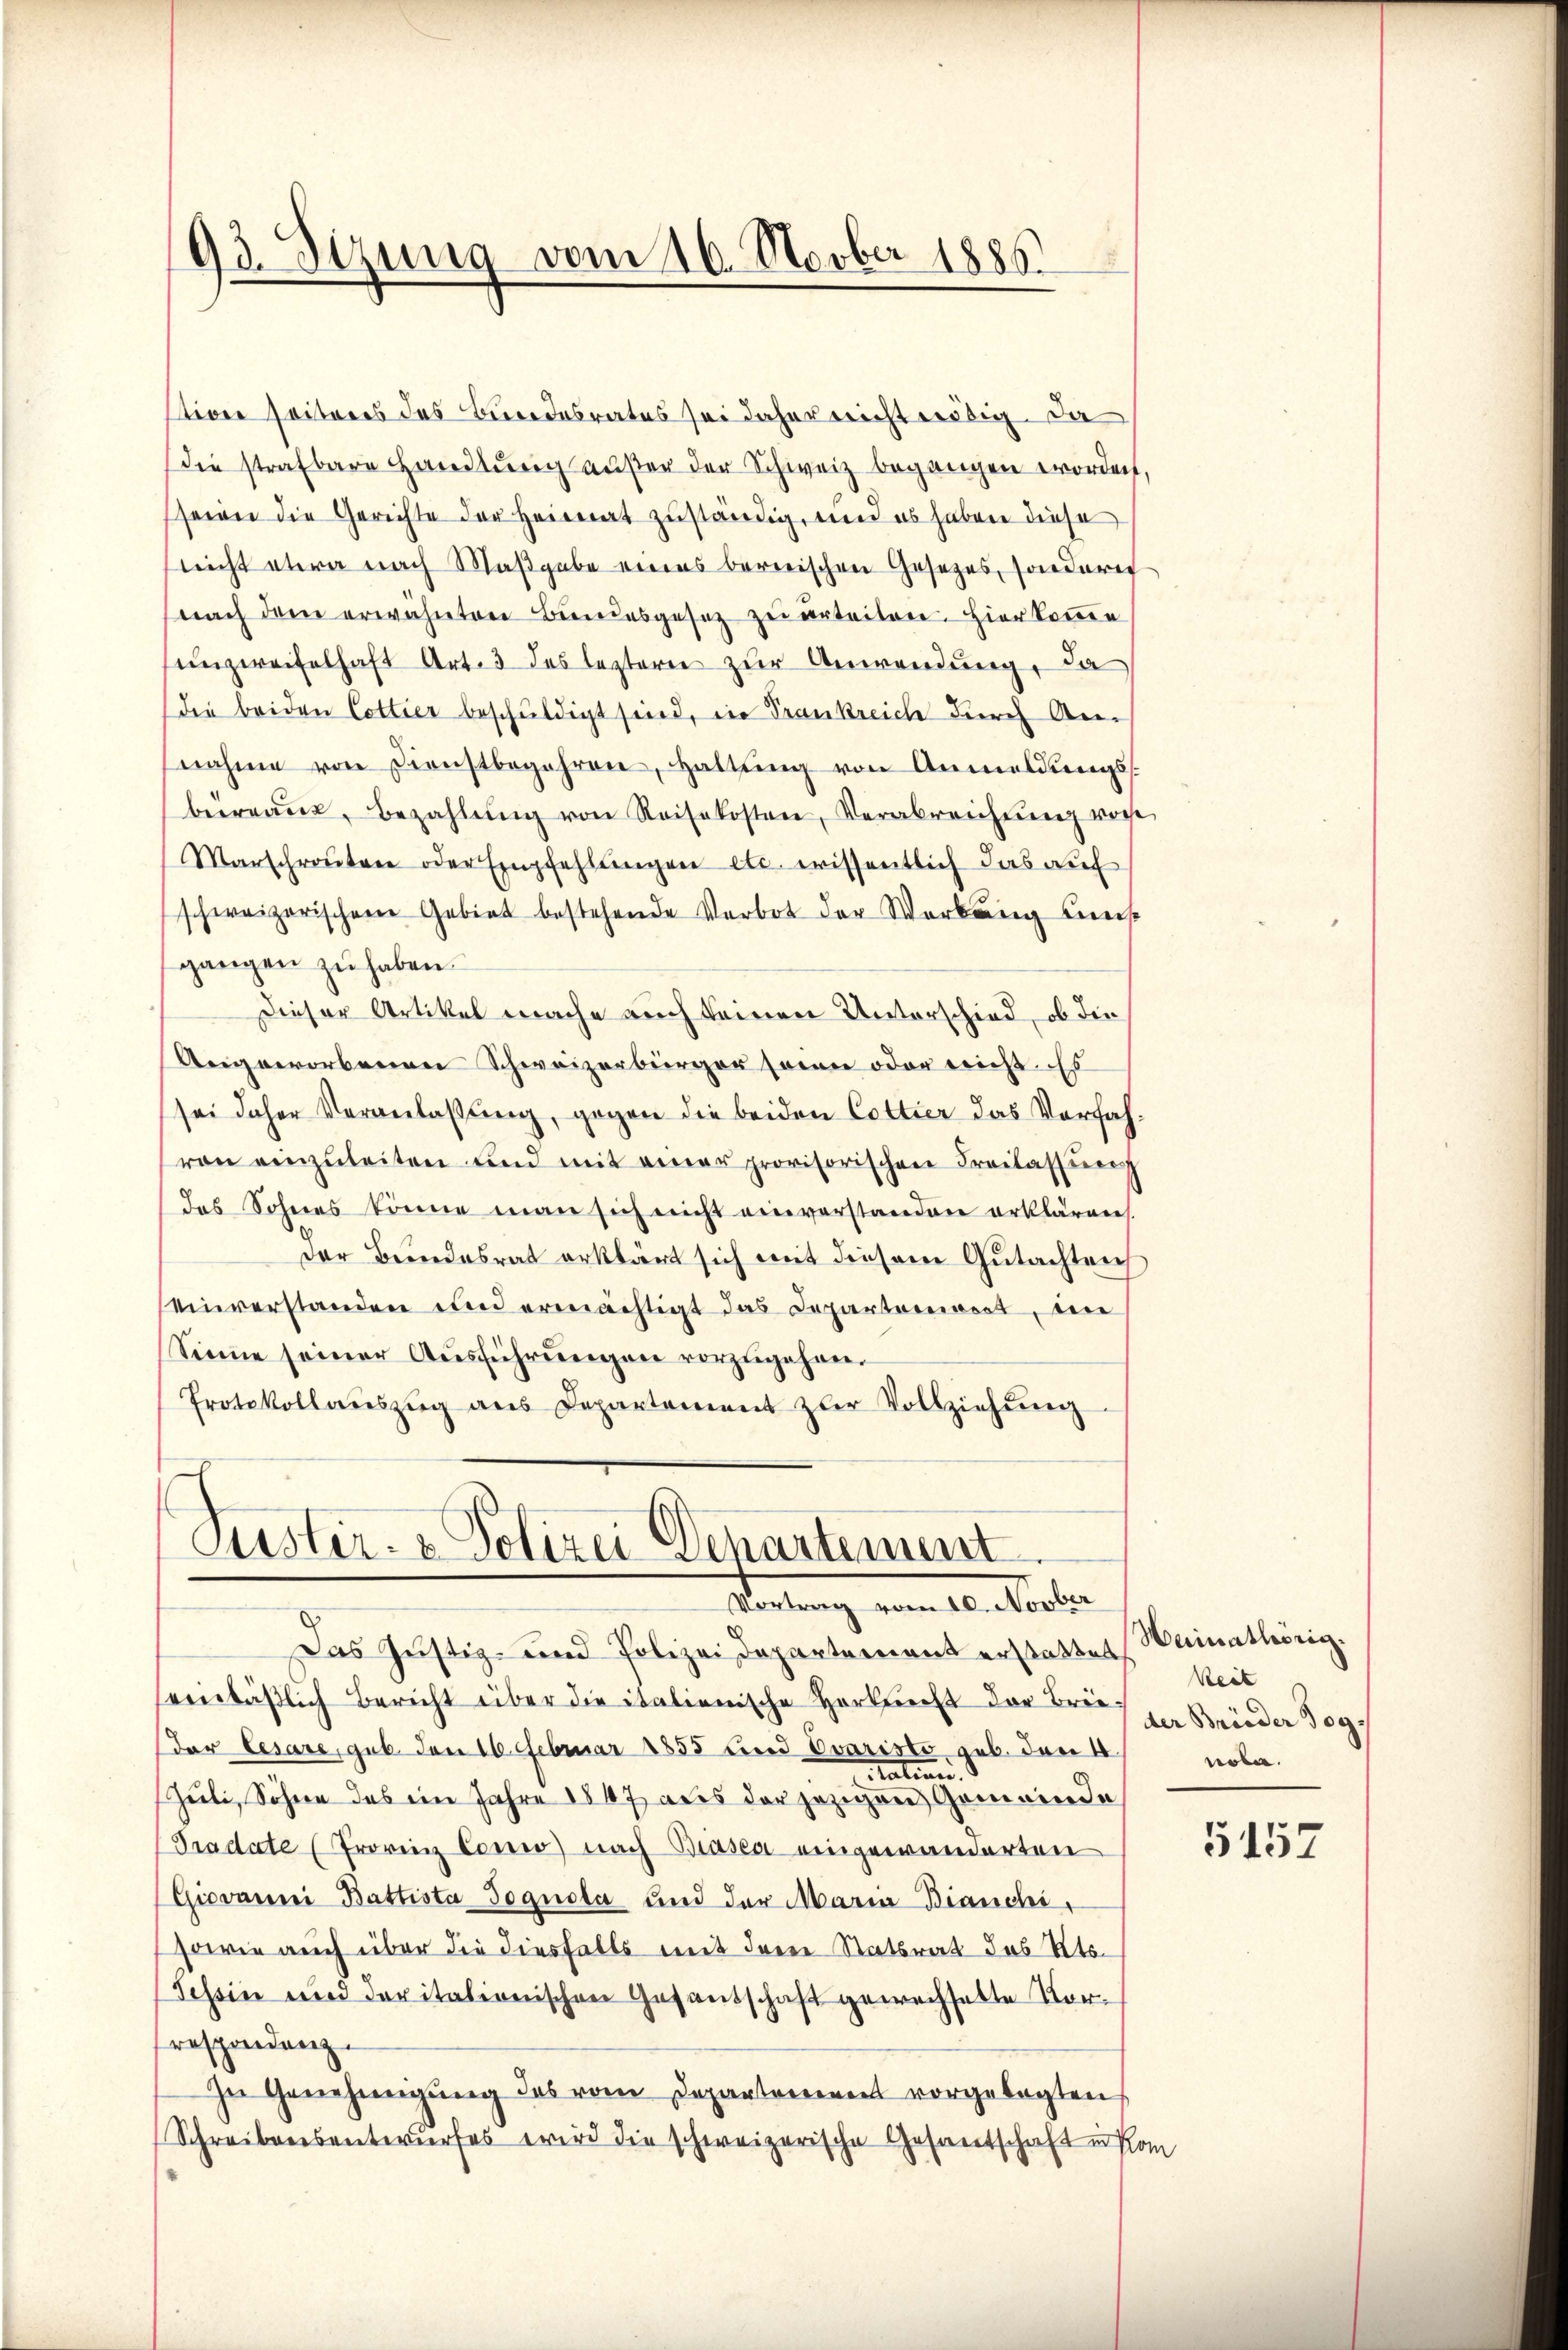
tiger seiteres das Bundesrates sei daher nicht nötig. Da
die strafbare Handlŭng außer der Schweiz begangen worden,
seien die Gerichte der Heimat zuständig, und es haben diese
nicht etwa nach Maßgabe eines bernischen Gesetzes, sondern
nach dem erwähnten Bundesgesetz zu urteilen. Hier komme
unzweifelhaft Art. 3 des leztern zur Anwendung, da
die beiden Cottier beschuldigt sind, in Trankreich durch Annahme von Dienstbegehren, Hattung von Anmeldungsbüreaŭs, Bezahlŭng von Reisekosten, Verabreichtŭng vore
Marschraŭten oder Empfehlŭngen etc. wissentlich das auf
schweizerischen Gebiet bestehende Verbot der Werbung bes
gangen zu haben.
Dieser Artikel mache auch keinen Unterschied, ob die
Ungeworbenen Schweizerbürger sowie oder reicht. Es
sei daher Veranlaßung, gegen die beiden Cottier das Verfah
von einzŭleiten und mit einer provisorischen Freilassung
das Sohnes könne man sich nicht einverstanden erklären.
der Bundesrat erklärt sich mit diesem Gutachten,
einverstanden und ermächtigt das Departoniert, die
Sinne seiner Aŭsführŭngen vorzugehen.
Protokollaŭszŭg ans Departement zur Vollziehŭng

93. Setzung vom 16. Novber 1886.

Puster- & Polizei Departement
Vortrag vom 10. Novber

Das Justiz- und Polizei Departement erstattet,
seinläßlich Bericht über die italienische Herbsrecht der Brief zu Brieder sog
der Cesare, gut den 16. Februar 1855 und Ovaristo geb. den 4.
tation
Juli, Sohne des im Jahre 1847 aus der jezigen Gemeinde
(Pradate (Provinz Comio) nach Biasca eingewanderten
(Giovanni Battista Jognola und der Maria Bianchi,
sowie auch über die diesfalls mit dreie Statsrat des Kts.
Tessin und deritationischen Gesantschaft gewechselte Vorrespondenz.
In Genehmigŭng des vom Departement vorgelegten
Schreibensentwŭrfes wird die schweizerische Gesandschaft in Kon

Heimathörig.
Reit
note.

5157